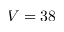
V = 3 8